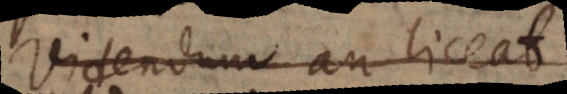
Videndum an liceat